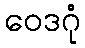
ဝေဒဂုံ